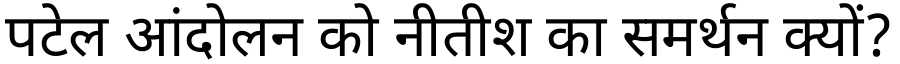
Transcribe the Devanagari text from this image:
पटेल आंदोलन को नीतीश का समर्थन क्यों?